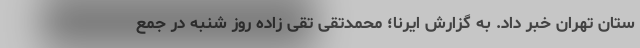
ستان تهران خبر داد. به گزارش ایرنا؛ محمدتقی تقی زاده روز شنبه در جمع